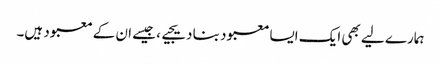
ہمارے لیے بھی ایک ایسا معبود بنا دیجیے، جیسے ان کے معبود ہیں۔